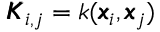
\pmb { K } _ { i , j } = k ( \pmb { x } _ { i } , \pmb { x } _ { j } )